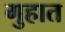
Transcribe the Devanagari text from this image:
गुहात